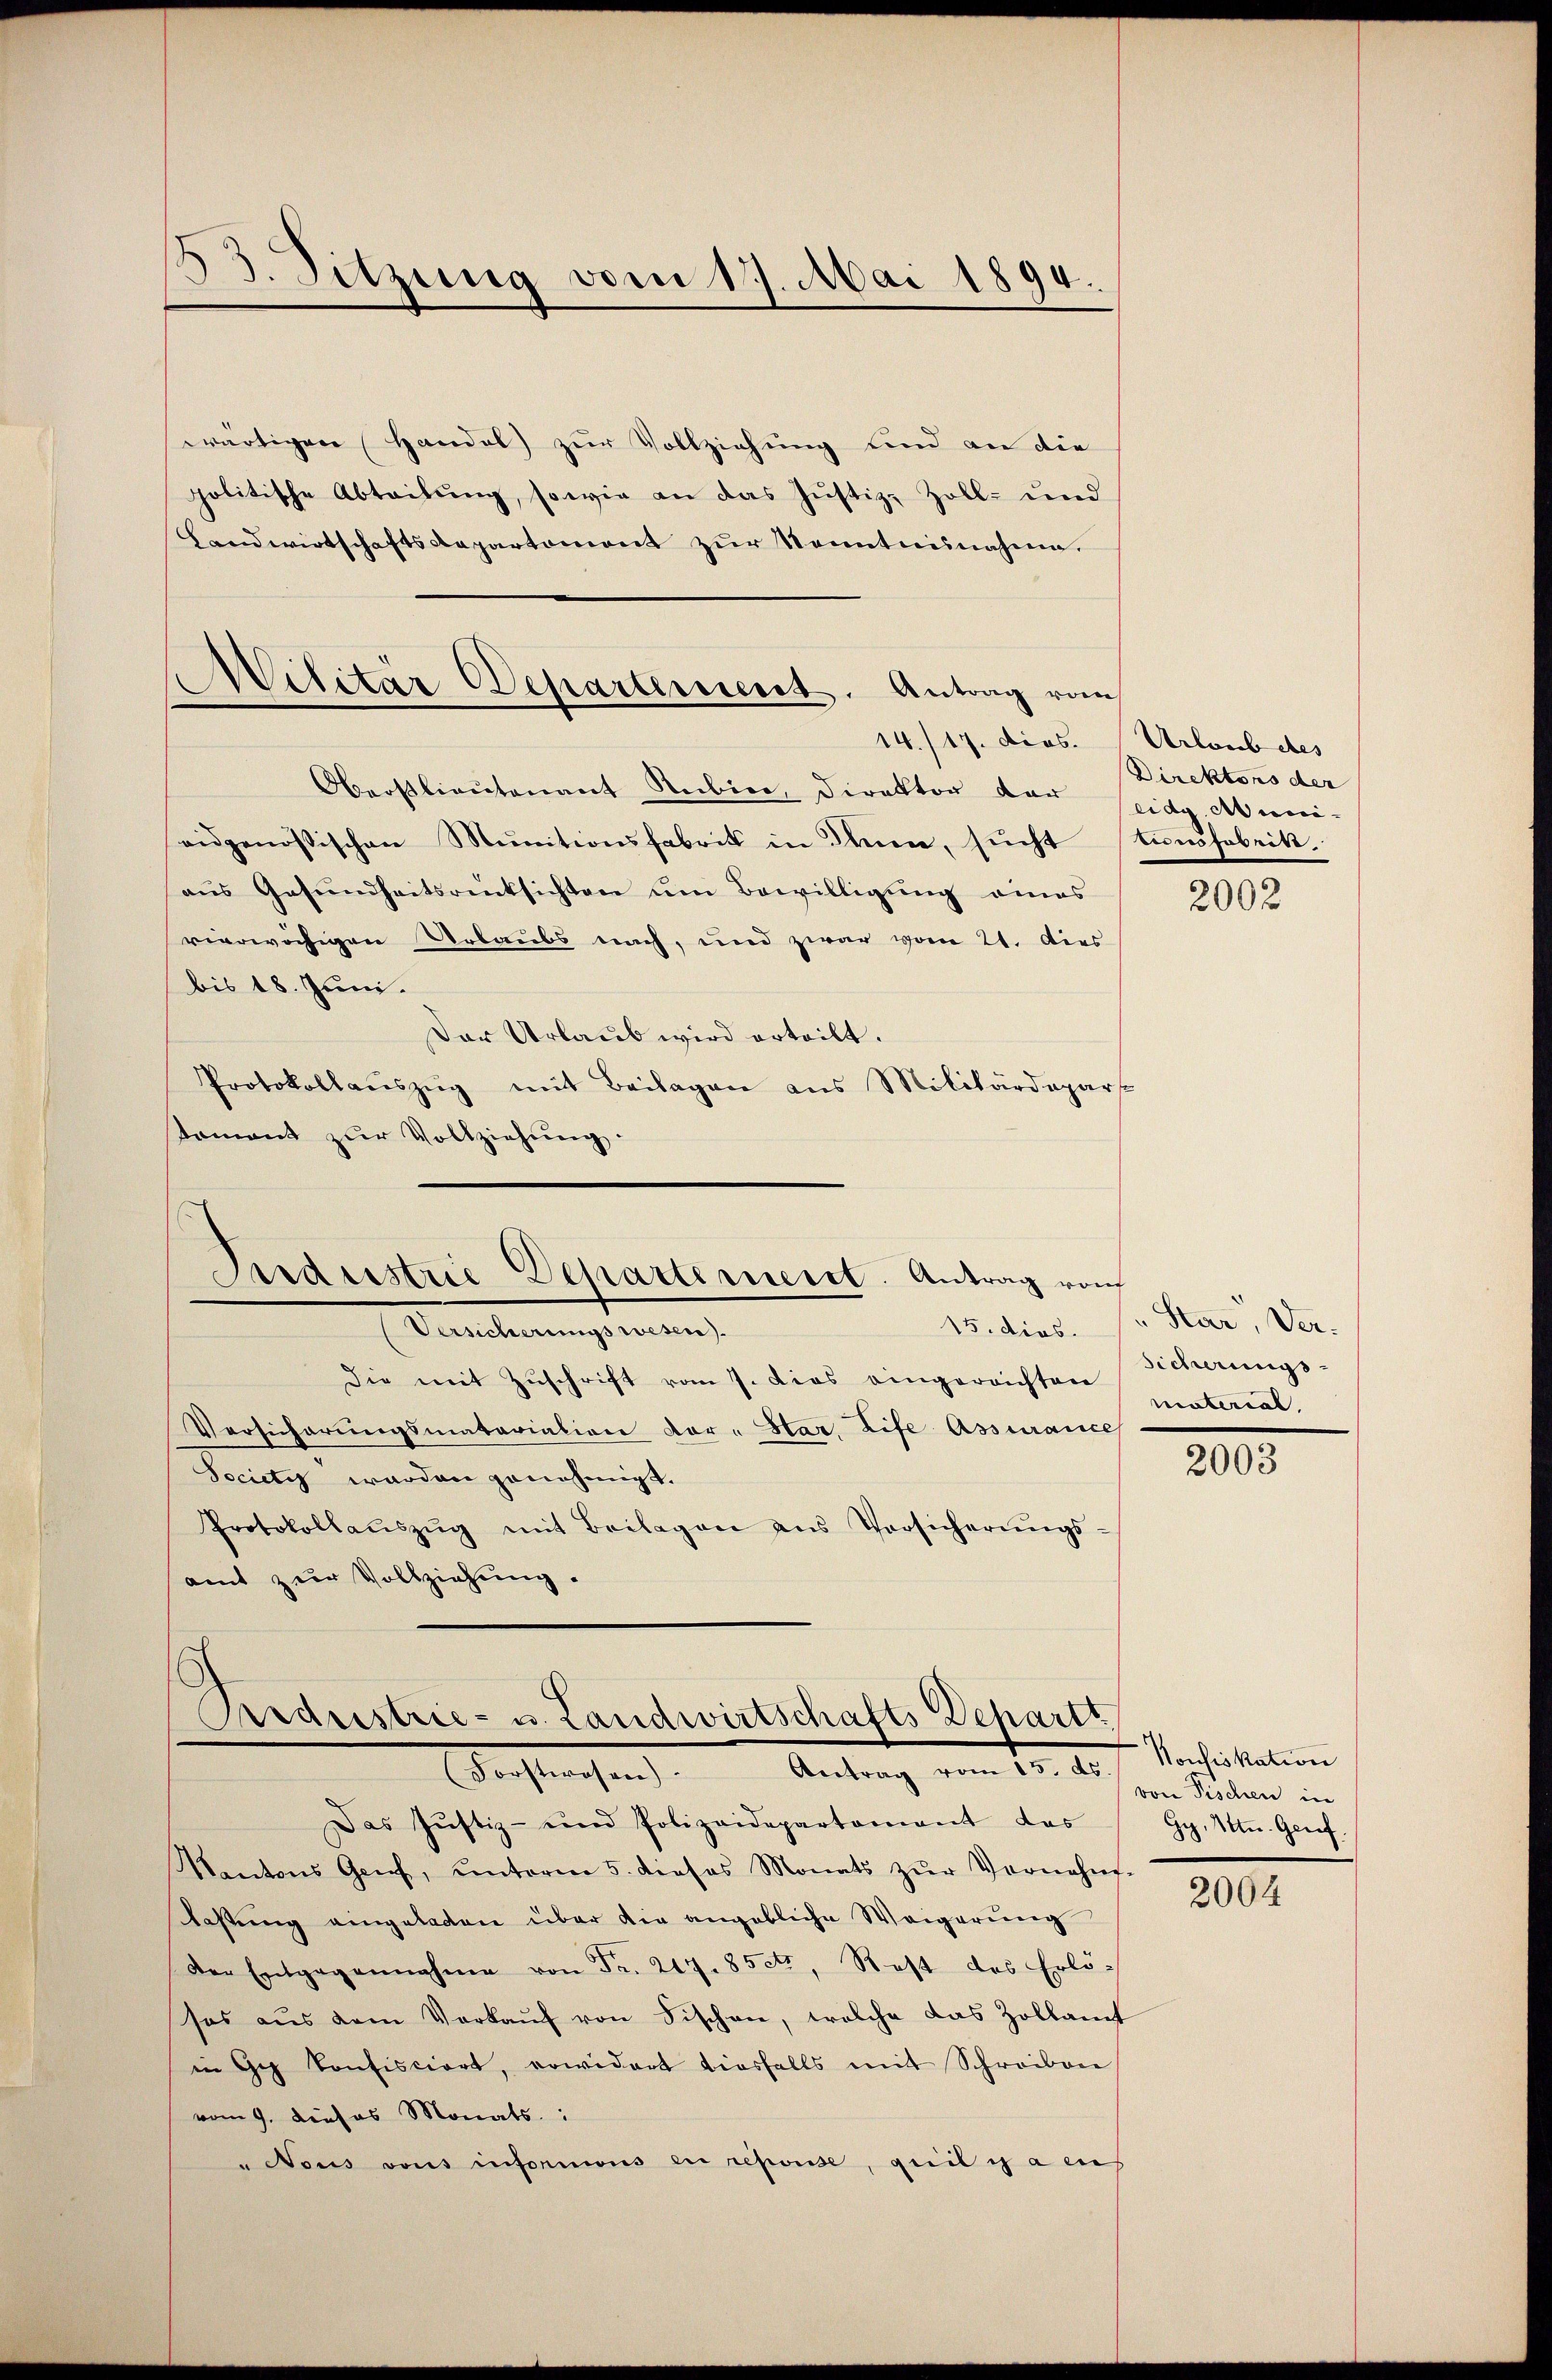
53. Sitzung vom 17. Mai 1894.

wärtigen Handel) zur Vollziehung und an die
politische Abteilung, sowie an das Justiz- Zoll- und
Landwirtschaftsdepartemont zur Kenntnisnahme.
Oberstlieutenant Subier, Direktor der
eidgenössischen Munitionsfabrik in denen, sŭcht Stŭndfabrik
aus Gesundheitsrücksichten um Bewilligung eines
rierwächigen Urlaubs nach, und zwar vom 21. Dies
bis 18. Juni.
Der Urlaub wird erteilt.
Protokollaŭszŭg mit Beilagen aus Militärdepar
tament zur Vollziehung.

.
Wilitär Departement. Antrag vom
14./17. dies.

Industrie Departemeist. Antrag von
15. dies

Pedustrie- u. Landwirtschafts Departt
Antrag vom 10. ds. f. Vonfiskation
Wechstehen.

Urlaub bes
Direktors der
eidg, Muni¬

Versicherungswesen
Die mit Zuschrift vom 7. Dies eingereichten
Versicherungsmatariation vor-Star, Life Assurance
Society worden genehmigt.
Protokollaŭszŭg mit Beilagen ans Versicherŭngs-
amt zur Vollziehung.

Das Justiz- und Polizeidepartement das
Kantons Genf, unterm 5. dieses Monats zŭr Vernehm-
Kastung eingeladen über die angebliche Weigerung
Der Entgegennahme von Fr. 217. 85ctr, Rest des Erlö-
sos aŭs dem Verkaŭf von Fischen, welche das Zollamt
in Ge Confisciert, vorwidert diesfalls mit Schreiben
vom 9. dieses Monats:
u Nous vons informons en reponde, geil es a auf

2002

Star, Ver¬
Sicherungs-
material,

2003

von Pischen in
Gy. Ittn. Geref

2004